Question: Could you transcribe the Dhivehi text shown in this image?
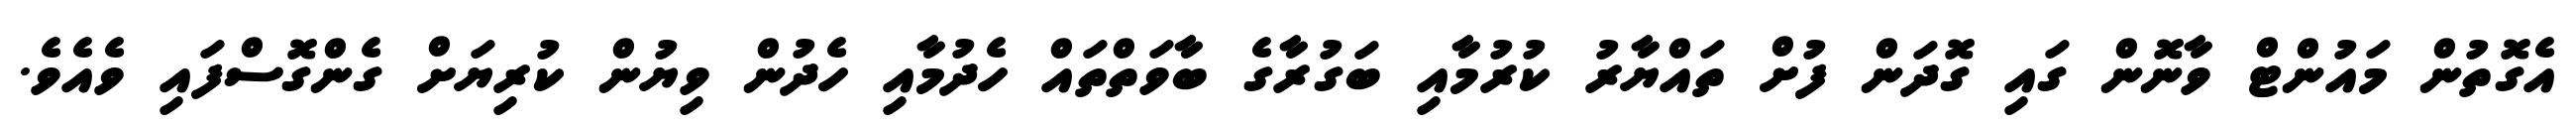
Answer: އެގޮތުން މައުންޓް ވާނޮން ގައި ގޮދަން ފުށް ތައްޔާރު ކުރުމާއި ބަގުރާގެ ބާވަތްތައް ހެދުމާއި ހެދުން ވިޔުން ކުރިޔަށް ގެންގޮސްފައި ވެއެވެ.